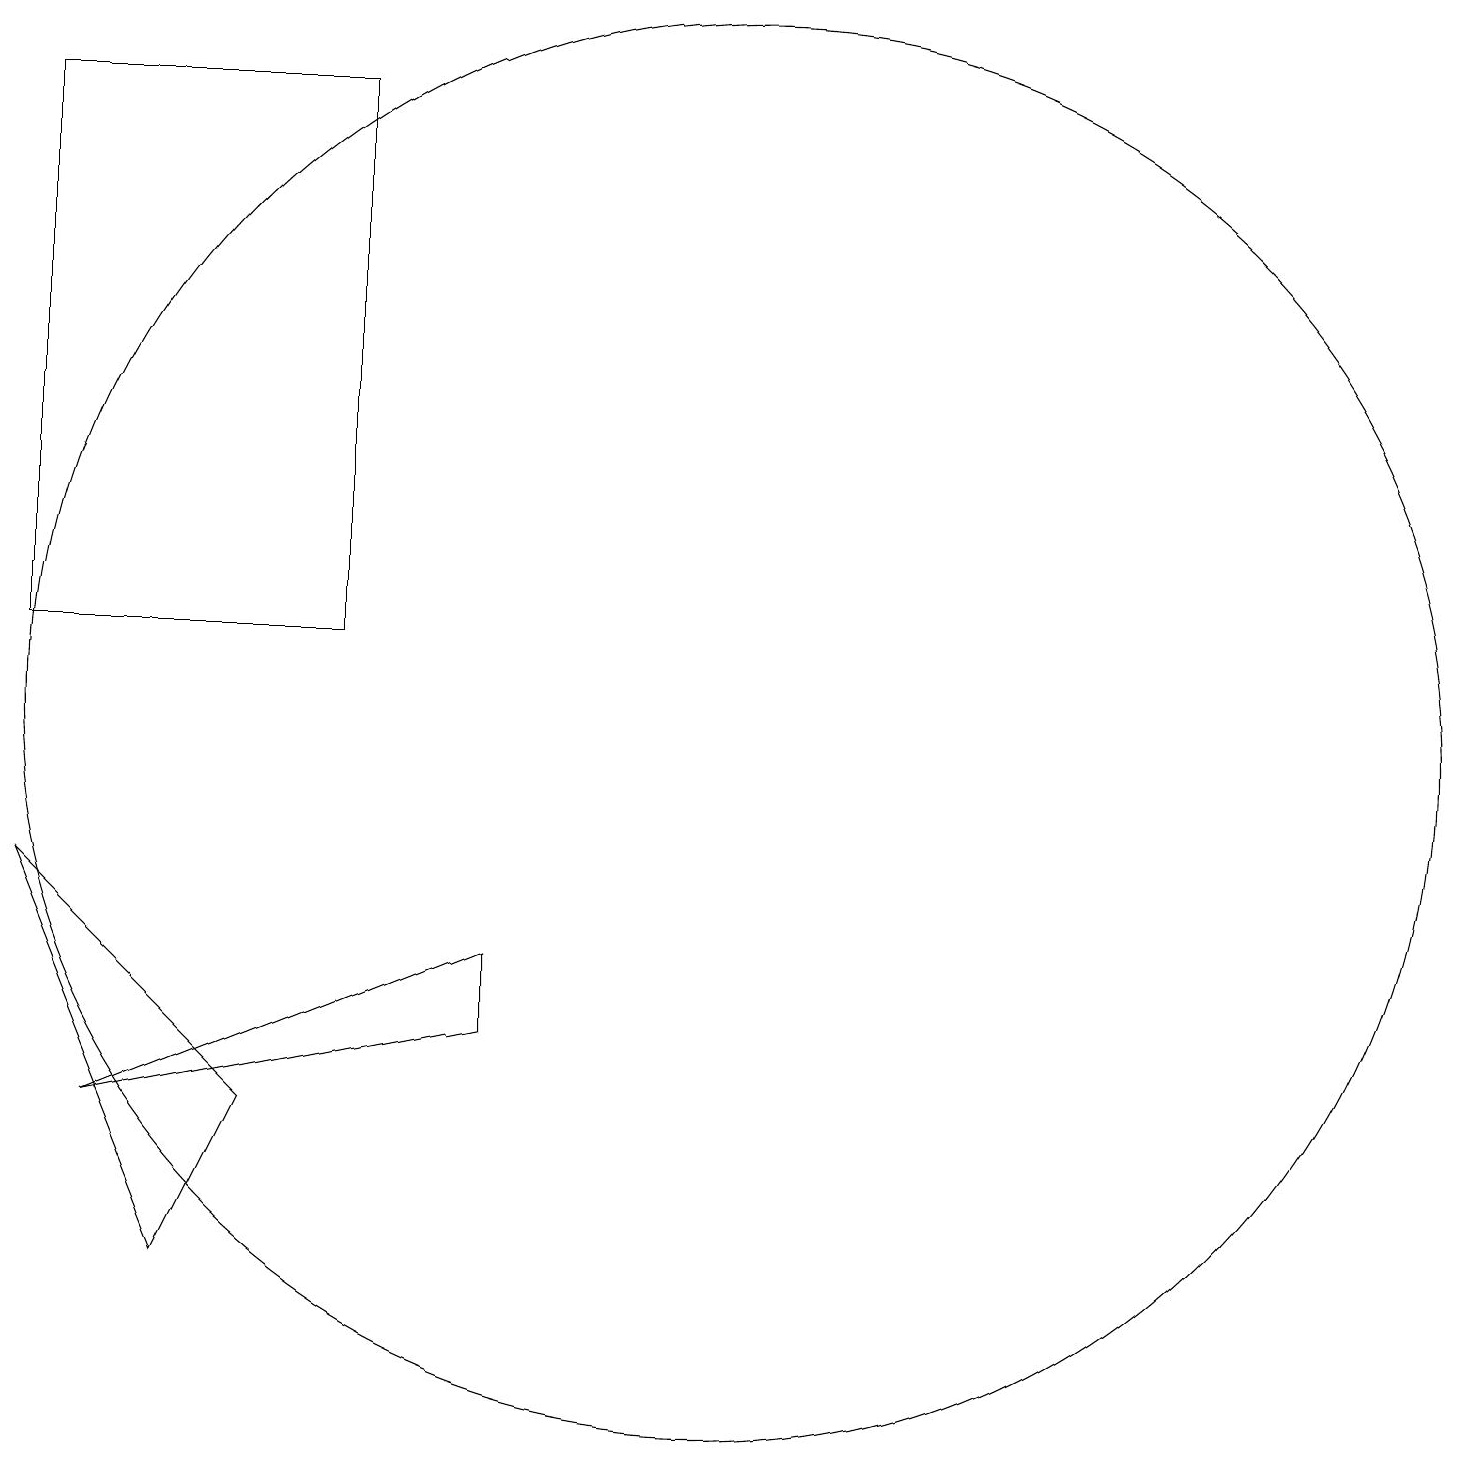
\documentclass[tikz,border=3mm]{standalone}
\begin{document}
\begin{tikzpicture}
\draw (7,8) -- (2,6) -- (7,7) -- cycle;
\draw (1,19) rectangle (5,12);
\draw (10,11) circle (9);
\draw (3,4) -- (1,9) -- (4,6) -- cycle;
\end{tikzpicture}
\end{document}